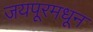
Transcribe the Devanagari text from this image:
जयपूरमधून